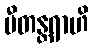
ပီတန္တရာဟိ